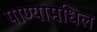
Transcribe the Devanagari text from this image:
पाण्यामधिल